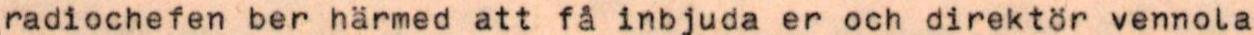
radiochefen ber härmed att få inbjuda er och direktör vennola